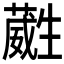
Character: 𭺶